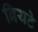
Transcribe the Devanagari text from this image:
बियटे